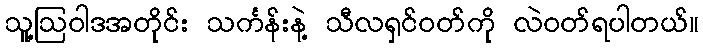
သူ့ဩဝါဒအတိုင်း သင်္ကန်းနဲ့ သီလရှင်ဝတ်ကို လဲဝတ်ရပါတယ်။